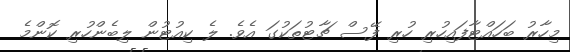
މިހާރު ބަހައްޓާފައިހުރި ހުރި ފޭސް ޗާޓުތަކުގަ އެވެ. ލެ ކިއުޓުން ލިބެންހުރި ކޮންމެ